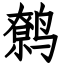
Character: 鹩